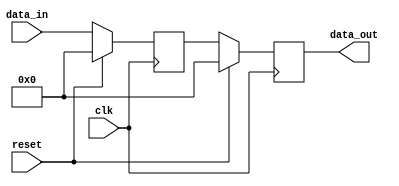
module synchronous_reset (
    input wire clk,         // Clock signal
    input wire reset,       // Synchronous reset signal
    input wire [7:0] data_in, // Example input signal
    output reg [7:0] data_out // Example output signal
);

// Internal state variable
reg [7:0] state;

// Always block for synchronous reset and state updates
always @(posedge clk) begin
    if (reset) begin
        // If reset is asserted, initialize the state
        state <= 8'b0; // Set state to zero (or any other reset value)
        data_out <= 8'b0; // Initialize output as well
    end else begin
        // Normal operation logic
        // For example, updating state with input data
        state <= data_in;
        data_out <= state; // Output the current state
    end
end

endmodule